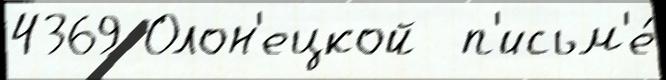
4369 Олон'ецкой  п'исьм'е́